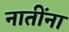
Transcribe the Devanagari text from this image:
नातींना